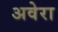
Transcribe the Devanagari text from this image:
अवेरा